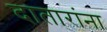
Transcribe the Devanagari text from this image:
दातारांना